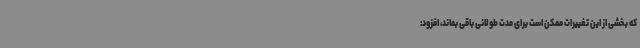
که بخشی از این تغییرات ممکن است برای مدت طولانی باقی بماند، افزود: